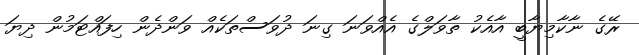
ރޭގެ ނާކާމިޔާބީ އާއެކު ތާވަލްގެ އެއްވަނަ ގިނަ ދުވަސްތަކެއް ވަންދެން ހިފައްޓަމުން ދިޔަ